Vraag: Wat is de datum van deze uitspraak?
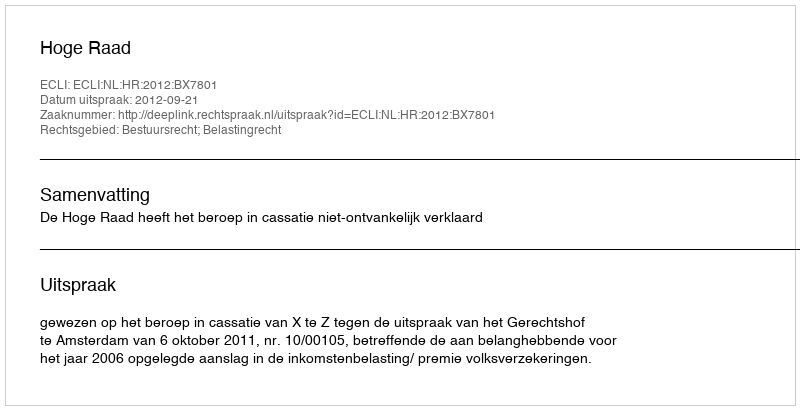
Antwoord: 2012-09-21